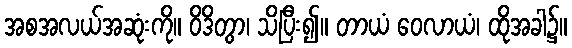
အစအလယ်အဆုံးကို။ ဝိဒိတွာ၊ သိပြီး၍။ တာယံ ဝေလာယံ၊ ထိုအခါ၌။